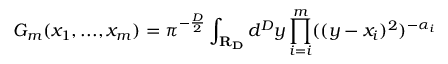
G _ { m } ( x _ { 1 } , . . . , x _ { m } ) = \pi ^ { - \frac { D } { 2 } } \int _ { \bf { R } _ { D } } d ^ { D } y \prod _ { i = i } ^ { m } ( ( y - x _ { i } ) ^ { 2 } ) ^ { - \alpha _ { i } }